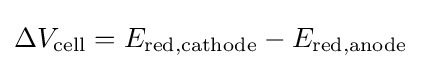
\Delta V_{\text{cell}}=E_{\text{red,cathode}}-E_{\text{red,anode}}